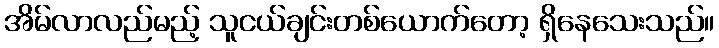
အိမ်လာလည်မည့် သူငယ်ချင်းတစ်ယောက်တော့ ရှိနေသေးသည်။